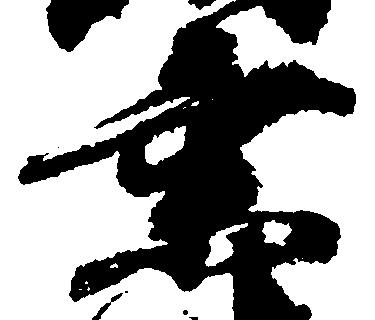
乗